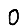
Digit: 0